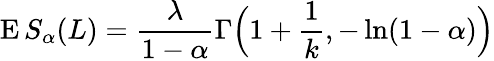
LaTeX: \operatorname{E}S_{\alpha}(L)={\frac{\lambda}{1-\alpha}}\Gamma{\Big(}1+{\frac{1}{k}},-\ln(1-\alpha){\Big)}